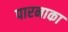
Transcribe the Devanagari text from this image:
पारनाका